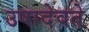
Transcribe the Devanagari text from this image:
उषादेवते